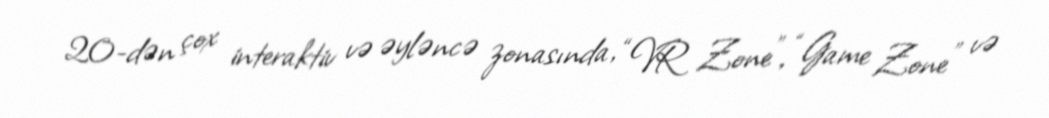
20-dən çox interaktiv və əyləncə zonasında, “VR Zone”, “Game Zone” və